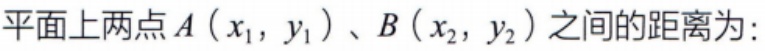
平面上两点\(A\left(x_{1},y_{1}\right)\)、\(B\left(x_{2},y_{2}\right)\)之间的距离为: